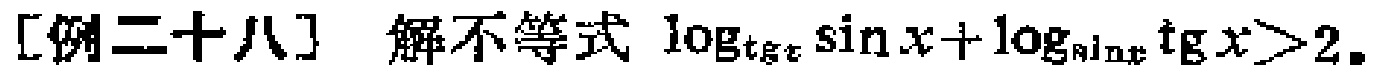
[例二十八] 解不等式\(\log_{\text{tg}x} \sin x+\log_{\sin x} \text{tg}x>2\)。